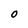
Character: O